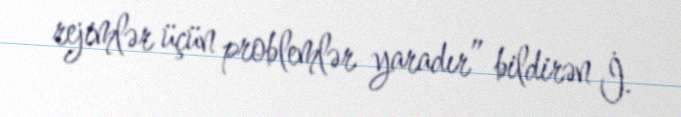
rejimlər üçün problemlər yaradır” bildirən İ.